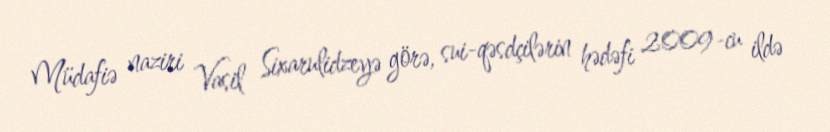
Müdafiə naziri Vasil Sixarulidzeyə görə, sui-qəsdçilərin hədəfi 2009-cu ildə